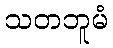
သတဘူမံ